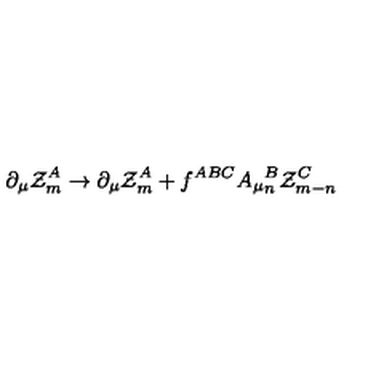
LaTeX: \partial _ { \mu } { \cal Z } _ { m } ^ { A } \to \partial _ { \mu } { \cal Z } _ { m } ^ { A } + f ^ { A B C } A _ { \mu } { } _ { n } ^ { B } { \cal Z } _ { m - n } ^ { C }